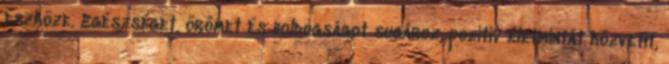
eszköze. Egészséget, örömet és boldogságot sugároz, pozitív életmintát közvetít,